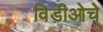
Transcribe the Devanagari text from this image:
विडीओचे